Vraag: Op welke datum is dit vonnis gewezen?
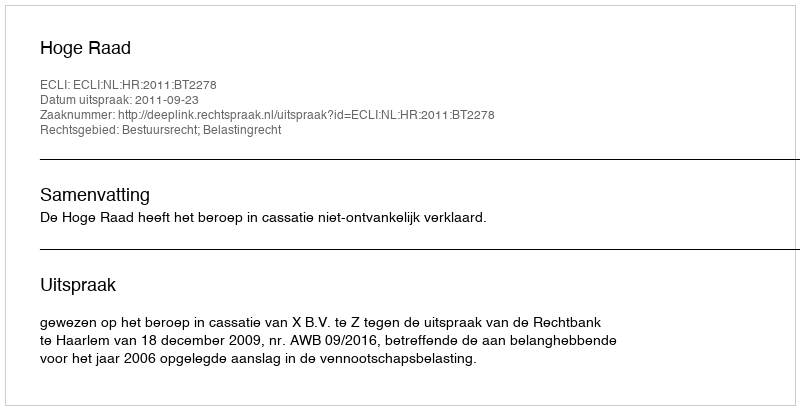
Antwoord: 2011-09-23